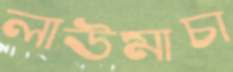
লাউমাচা